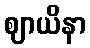
ဈာယိနာ